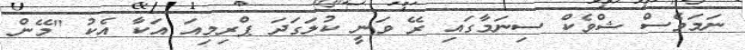
ނަމަވެސް ޝްވެކް ސިނަމާގައި ރޭ ވަނީ ކުލަގަދަ ޕްރިމިއަ އަކާ އެކު "މޭން